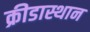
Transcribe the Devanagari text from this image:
क्रीडास्थान